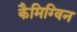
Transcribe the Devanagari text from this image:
कैमिग्विन